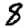
Digit: 8